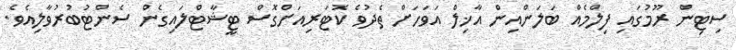
ސިޓިން ރޫމުގައި ފިލްމެއް ބަލަންއިން އާޚިލް އަވަހަށް ތެދުވެ ކޮޓަރިއަށްގޮސް ޓީޝާޓްލައިގެން ސެންޓުބުރުވާލިއެވެ.